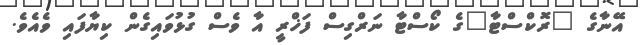
އޭނާގެ "ރޮކްސްޓާ"ގެ ކޯސްޓާ ނަރްގިސް ފަޚްރީ އާ ވެސް ގުޅުވައިގެން ކިޔާފައި ވެއެވެ.